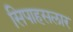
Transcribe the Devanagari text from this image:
सिपाहसलार